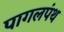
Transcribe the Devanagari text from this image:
पागलपंथ